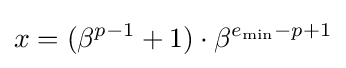
x=(\beta ^{p-1}+1)\cdot \beta ^{e_{\mathrm {min} }-p+1}